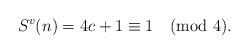
LaTeX: \begin{align*}S^v(n) = 4c+1 \equiv 1 \pmod{4}.\end{align*}